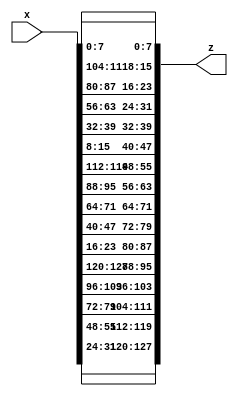
// https://github.com/michaelehab/AES-Verilog/blob/main/inverseShiftRows.v
module inverseShiftRows (
x,
z);

	input [127:0] x;
	output [127:0] z;
	
   // First row (r = 0) is not z
	assign z[0+:8] = x[0+:8];
	assign z[32+:8] = x[32+:8];
	assign z[64+:8] = x[64+:8];
   assign z[96+:8] = x[96+:8];
	
	// Second row (r = 1) is cyclically right z by 1 offset
   assign z[8+:8] = x[104+:8];
   assign z[40+:8] = x[8+:8];
   assign z[72+:8] = x[40+:8];
   assign z[104+:8] = x[72+:8];
	
	// Third row (r = 2) is cyclically right z by 2 offsets
   assign z[16+:8] = x[80+:8];
   assign z[48+:8] = x[112+:8];
   assign z[80+:8] = x[16+:8];
   assign z[112+:8] = x[48+:8];
	
	// Fourth row (r = 3) is cyclically right z by 3 offsets
   assign z[24+:8] = x[56+:8];
   assign z[56+:8] = x[88+:8];
   assign z[88+:8] = x[120+:8];
   assign z[120+:8] = x[24+:8];

endmodule